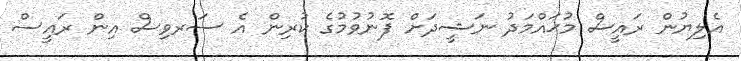
އެލިޔުން ރައީސް މުޙައްމަދު ނަޝީދަށް ފޮނުވުމުގެ ކުރިން އެ ސަރވިސް އިން ރައީސް